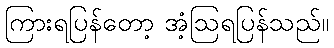
ကြားရပြန်တော့ အံ့ဩရပြန်သည်။